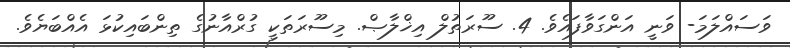
ވަސައްލަމަ- ވަނީ އަންގަވާފައެވެ. 4. ސޫރަތުލް އިޚްލާޞް. މިސޫރަތަކީ ގުރްއާނުގެ ތިންބައިކުޅަ އެއްބަޔެވެ.